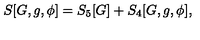
S [ G , g , \phi ] = S _ { 5 } [ G ] + S _ { 4 } [ G , g , \phi ] ,